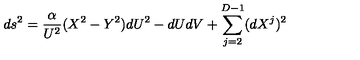
d s ^ { 2 } = \frac { \alpha } { U ^ { 2 } } ( X ^ { 2 } - Y ^ { 2 } ) d U ^ { 2 } - d U d V + \sum _ { j = 2 } ^ { D - 1 } ( d X ^ { j } ) ^ { 2 }